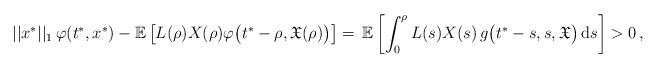
LaTeX: \begin{align*}||x^*||_1\,\varphi(t^*,x^*) - \mathbb{E} \left[L(\rho)X(\rho)\varphi \big(t^*-\rho,\mathfrak{X}(\rho)\big)\right] =\, \mathbb{E} \left[\int_0^{\rho} L(s)X(s)\, g\big(t^*-s,s,\mathfrak{X}\big)\, \mathrm{d}s \right] >0\,,\end{align*}